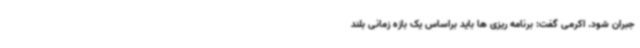
جبران شود. اکرمی گفت: برنامه ریزی ها باید براساس یک بازه زمانی بلند